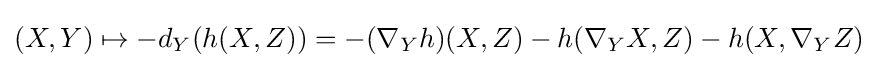
(X,Y)\mapsto -d_{Y}(h(X,Z))=-(\nabla _{Y}h)(X,Z)-h(\nabla _{Y}X,Z)-h(X,\nabla _{Y}Z)